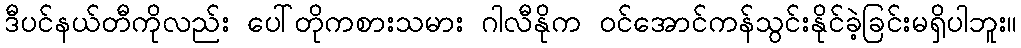
ဒီပင်နယ်တီကိုလည်း ပေါ်တိုကစားသမား ဂါလီနိုက ဝင်အောင်ကန်သွင်းနိုင်ခဲ့ခြင်းမရှိပါဘူး။